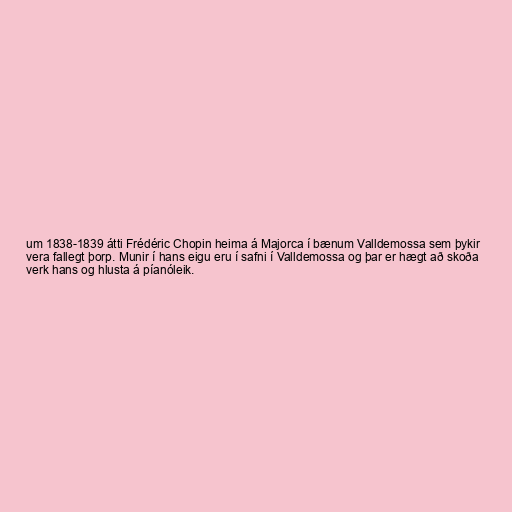
um 1838-1839 átti Frédéric Chopin heima á Majorca í bænum Valldemossa sem þykir
vera fallegt þorp. Munir í hans eigu eru í safni í Valldemossa og þar er hægt að skoða
verk hans og hlusta á píanóleik.